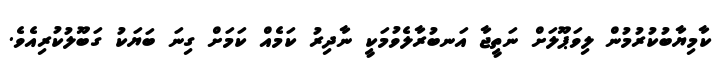
ކާމިޔާބުކުރުމުން ލިވަޕޫލަށް ނަތީޖާ އަނބުރާލެވުމަކީ ނާދިރު ކަމެއް ކަމަށް ގިނަ ބަޔަކު ގަބޫލުކުރިއެވެ.